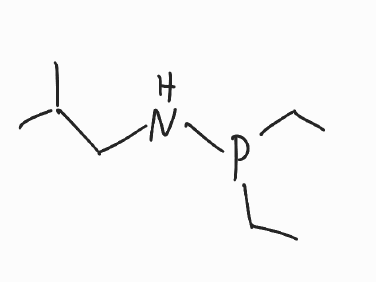
Simplified molecular-input line-entry system (SMILES) notation of the given molecule:
CCP(CC)NCC(C)C